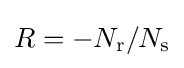
R=-N_{\text{r}}/N_{\text{s}}